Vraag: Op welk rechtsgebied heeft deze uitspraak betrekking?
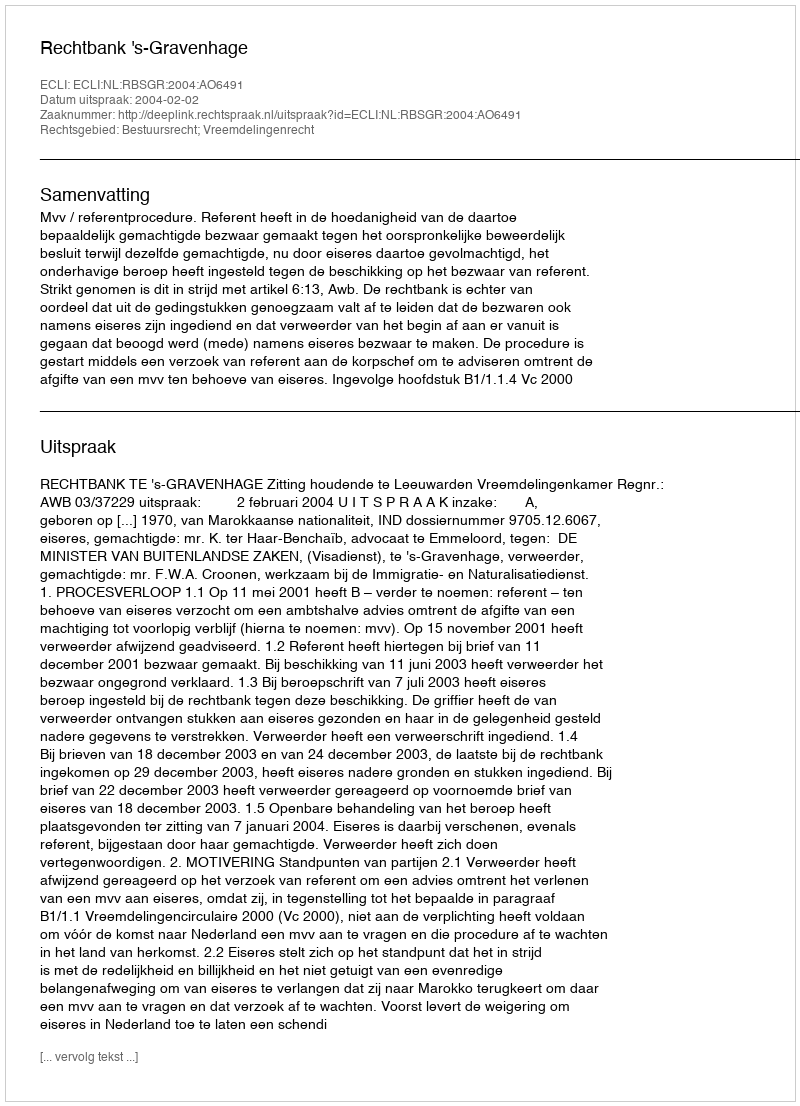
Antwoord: Bestuursrecht; Vreemdelingenrecht